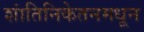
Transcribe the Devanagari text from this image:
शांतिनिकेतनमधून